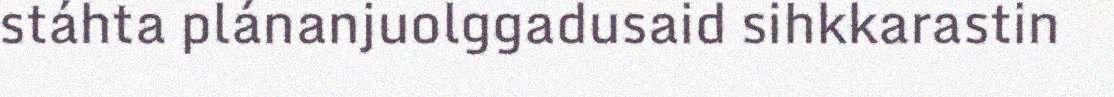
stáhta plánanjuolggadusaid sihkkarastin